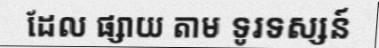
ដែល ផ្សាយ តាម ទូរទស្សន៍